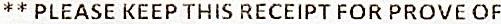
** PLEASE KEEP THIS RECEIPT FOR PROVE OF